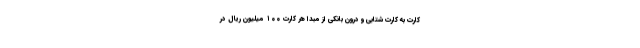
کارت به کارت شتابی و درون بانکی از مبدا هر کارت ۱۰۰ میلیون ریال در